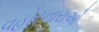
વહોરનારાઓ